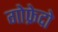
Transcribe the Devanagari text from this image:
गोफ्रेदो